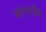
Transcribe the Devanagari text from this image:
संग्लोत